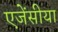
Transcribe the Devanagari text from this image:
एजेंसीया